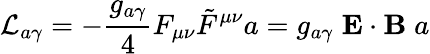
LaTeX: {\cal L}_{a\gamma}=-\frac{g_{a\gamma}}{4}F_{\mu\nu}\tilde{F}^{\mu\nu}a=g_{a\gamma}\; {\mathbf E}\cdot{\mathbf B}\; a